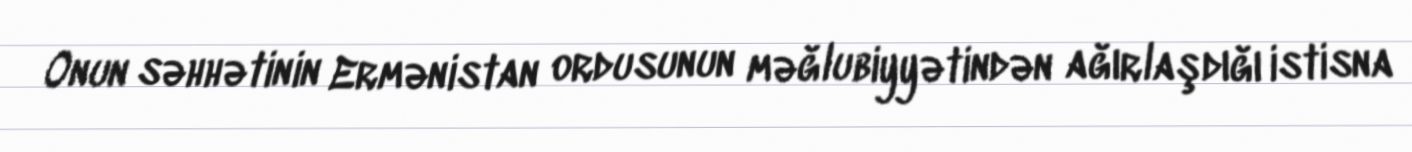
Onun səhhətinin Ermənistan ordusunun məğlubiyyətindən ağırlaşdığı istisna